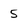
Character: 5